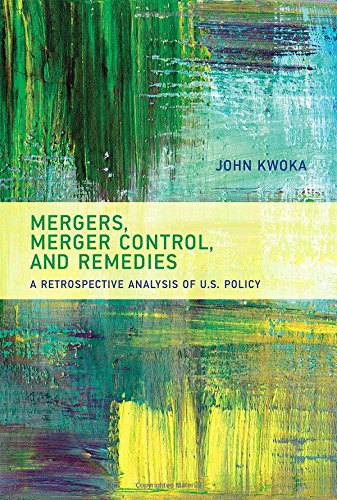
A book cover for Mergers, Merger Control, and Remedies: A Retrospective Analysis of U.S. Policy; John Kwoka; Business & Money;